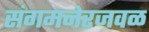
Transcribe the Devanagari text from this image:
संगमनेरजवळ